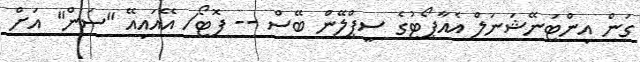
ގަން އިންޓަނޭޝަނަލް އެއާޕޯޓުގެ ސީޕްލޭން ބޭސް -- ފޮޓޯ/ އޭއައިއޭ "ސަން" އަށް